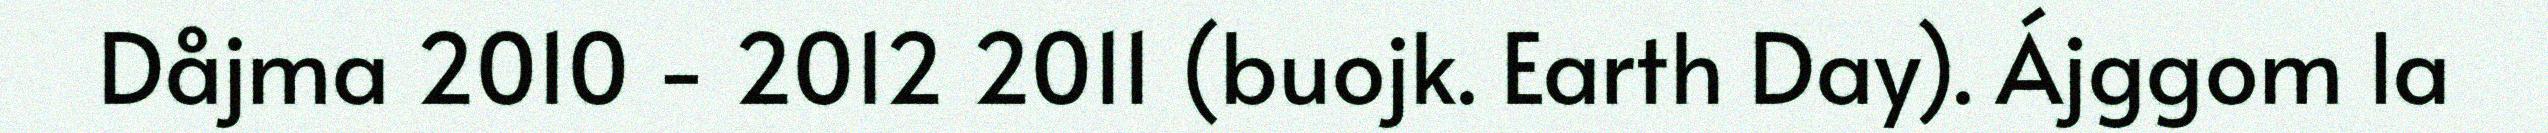
Dåjma 2010 - 2012 2011 (buojk. Earth Day). Ájggom la